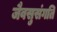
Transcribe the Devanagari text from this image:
जैवसुसंगति